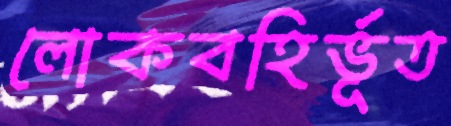
লোকবহির্ভূত